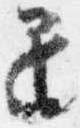
退